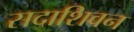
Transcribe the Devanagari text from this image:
सदाशिवन